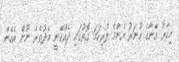
މިހާރު އޭނާގެ ހުނަރު އެންމެ ފުރިހަމަ ގޮތުގައި ދެއްކޭނީ މެދުތެރެ ނޫން އެހެން